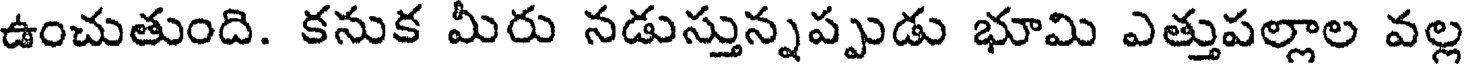
ఉంచుతుంది. కనుక మీరు నడుస్తున్నప్పుడు భూమి ఎత్తుపల్లాల వల్ల